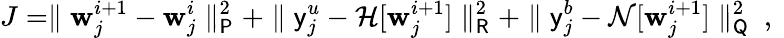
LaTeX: J=\parallel\boldsymbol{\mathbf{w}}_{j}^{i+1}-\boldsymbol{\mathbf{w}}_{j}^{i}\parallel_{\mathsf{{P}}}^{2}+\parallel\mathsf{{y}}_{j}^{u}-\mathcal{{H}}[\boldsymbol{\mathbf{w}}_{j}^{i+1}]\parallel_{\mathsf{{R}}}^{2}+\parallel\mathsf{{y}}_{j}^{b}-\mathcal{{N}}[\boldsymbol{\mathbf{w}}_{j}^{i+1}]\parallel_{\mathsf{{Q}}}^{2}\mathrm{{~,~}}